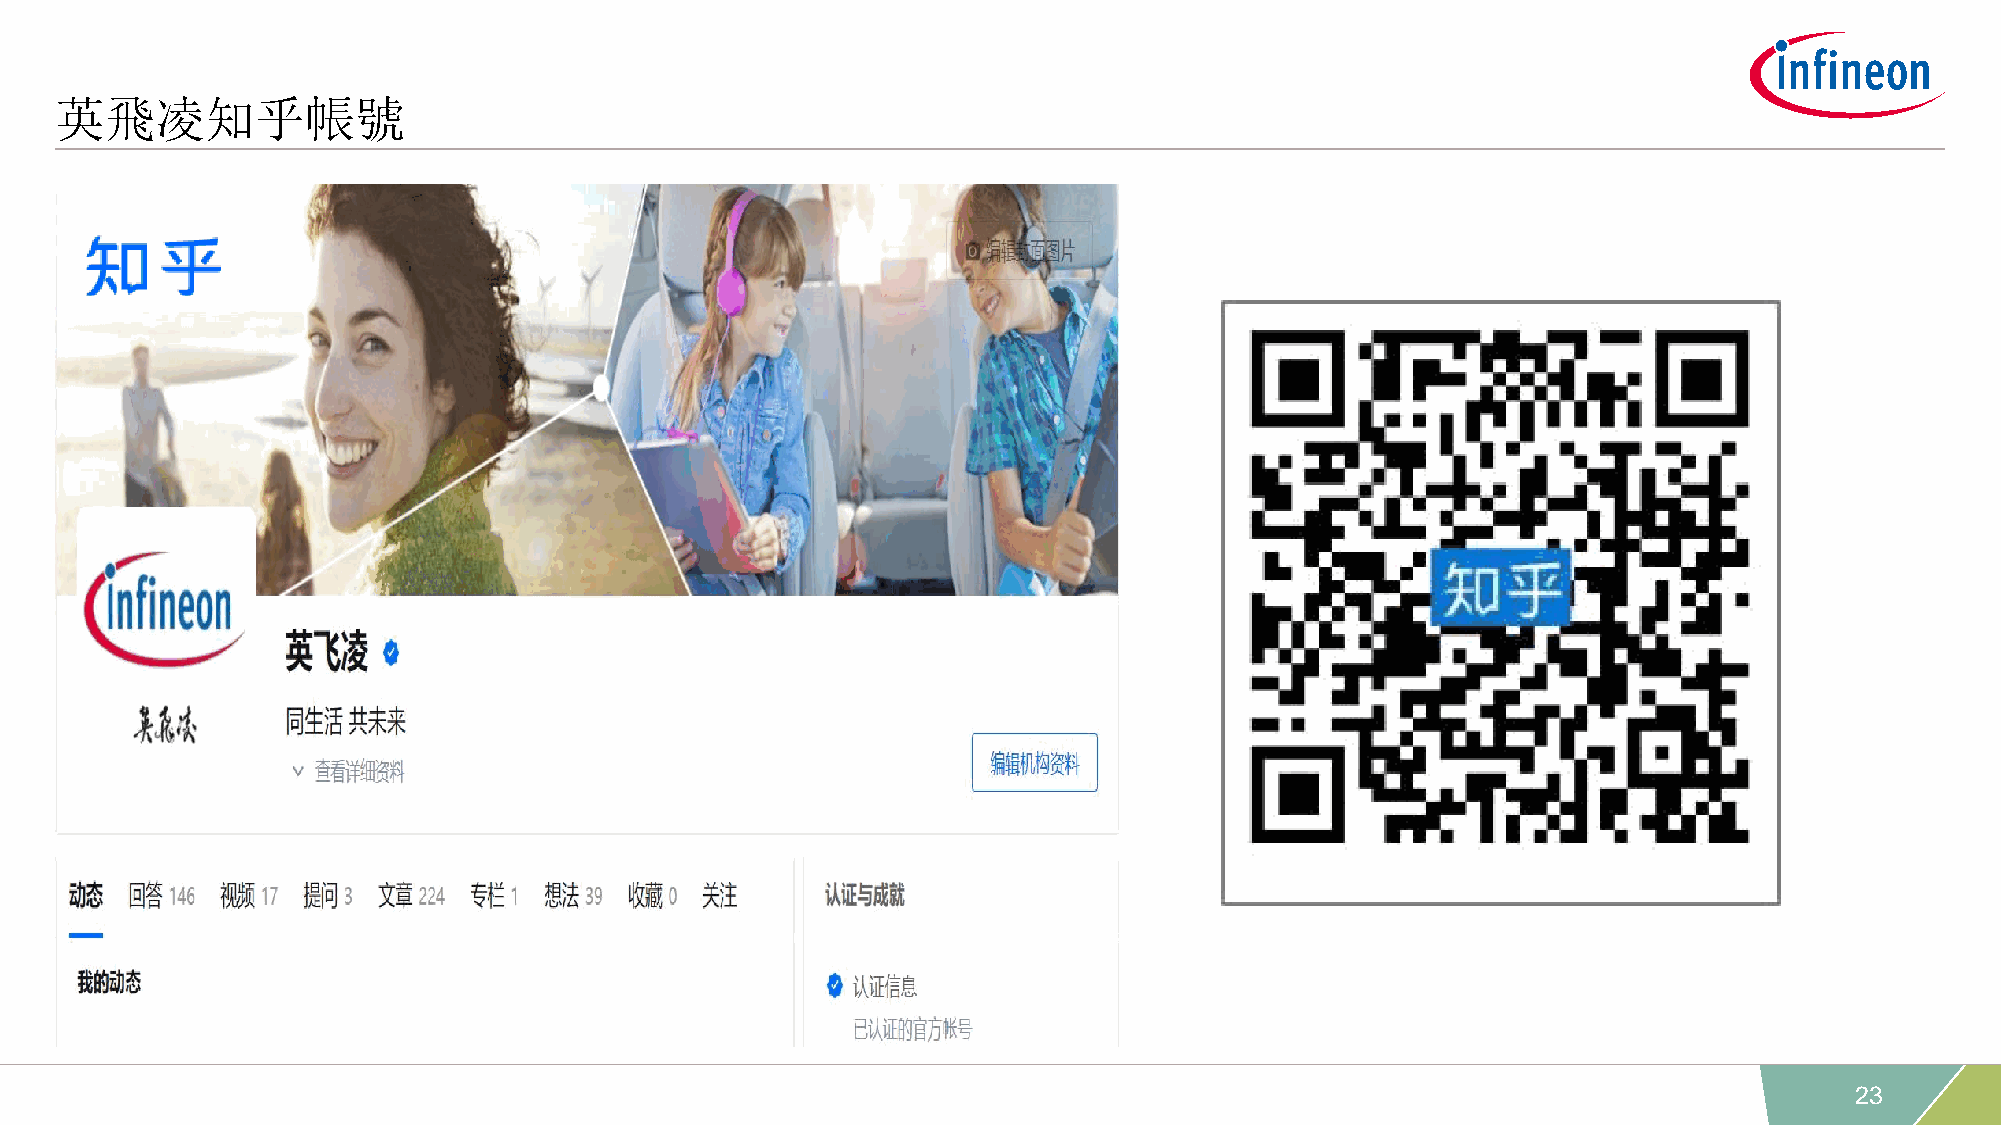
英飛凌知乎帳號
 Do  we   really  know    who   are  they?
 Are  they  really  interested    in
 our  content?
 23